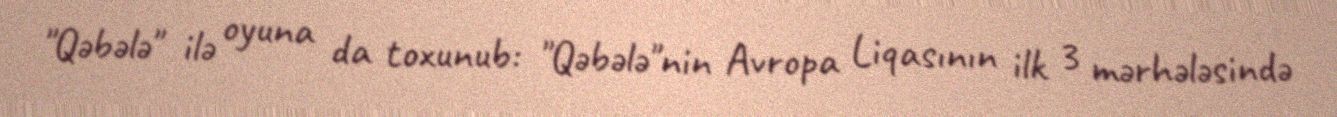
"Qəbələ" ilə oyuna da toxunub: "Qəbələ"nin Avropa Liqasının ilk 3 mərhələsində